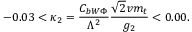
- 0 . 0 3 < \kappa _ { 2 } = \frac { C _ { b W \Phi } } { \Lambda ^ { 2 } } \frac { \sqrt 2 v m _ { t } } { g _ { 2 } } < 0 . 0 0 .